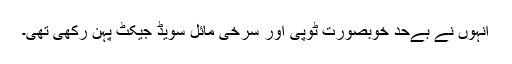
انہوں نے بےحد خوبصورت ٹوپی اور سرخی مائل سویڈ جیکٹ پہن رکھی تھی۔